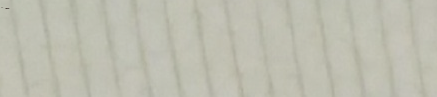
الرجاء الانتظار